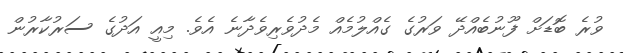
ވުރެ ބޮޑަށް ފޫނުބެއްދޭ ވަރުގެ ގެއްލުމެއް މެދުވެރިވެދާނެ އެވެ. މިއީ އަދުގެ ސަރުކާރުން